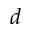
d